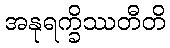
အနုရက္ခိဿတီတိ